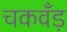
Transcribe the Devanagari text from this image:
चकवँड़